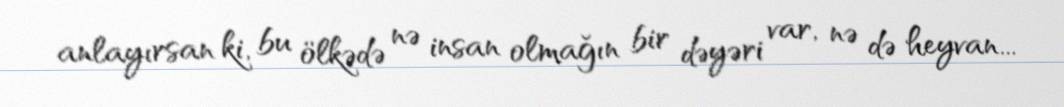
anlayırsan ki, bu ölkədə nə insan olmağın bir dəyəri var, nə də heyvan...